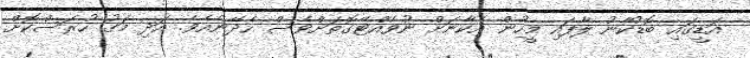
އަޑީގައި ބޮޑުކާނު ލާފައި މީހުން އެކާނަށް ނުވެއްޓޭގޮތަށްވެސް ހެދޭނެއެވެ. އަދި މަގު ހުރަސްކޮށް